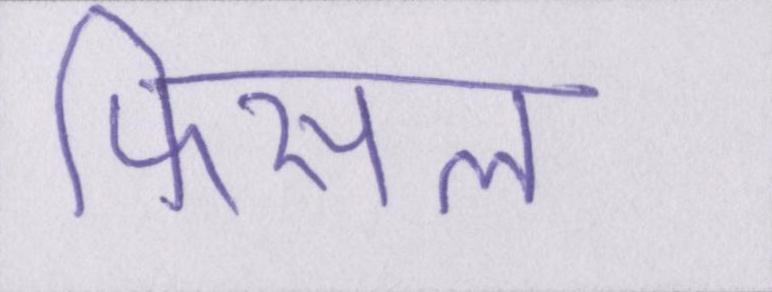
फिसल